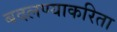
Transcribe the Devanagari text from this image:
बदलण्याकरिता